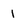
Character: 1